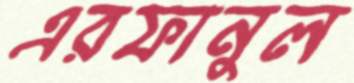
এরফানুল